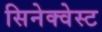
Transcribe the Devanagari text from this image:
सिनेक्वेस्ट